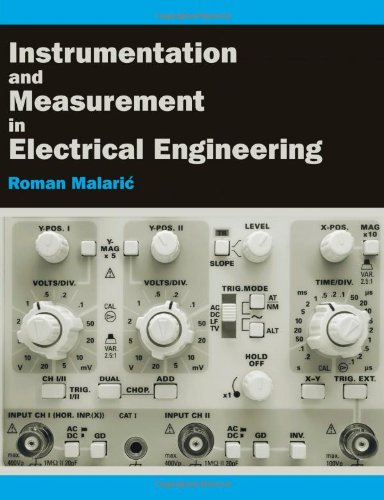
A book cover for Instrumentation and Measurement in Electrical Engineering; Roman Malaric; Science & Math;